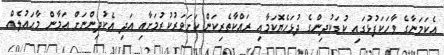
އެކަމަނާގެ ވާހަކަފުޅުގައި ކުޑަކުދިންގެ ދުޅަހެޔޮކަމާއި ރައްކާތެރިކަން ކަށަވަރުކުރުމަށާއި އަދި އެކުދިންނަށް އަމާން މާޙައުލެއް